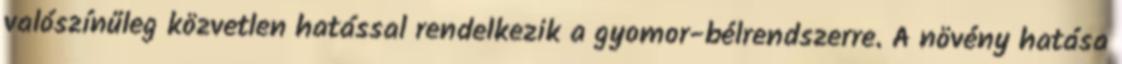
valószínűleg közvetlen hatással rendelkezik a gyomor-bélrendszerre. A növény hatása